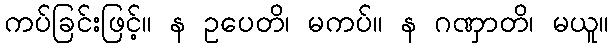
ကပ်ခြင်းဖြင့်။ န ဥပေတိ၊ မကပ်။ န ဂဏှာတိ၊ မယူ။